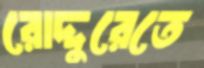
রোদ্দুরেতে